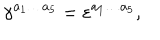
\gamma ^ { a _ { 1 } \ldots a _ { 5 } } = \varepsilon ^ { a _ { 1 } \ldots a _ { 5 } } ,